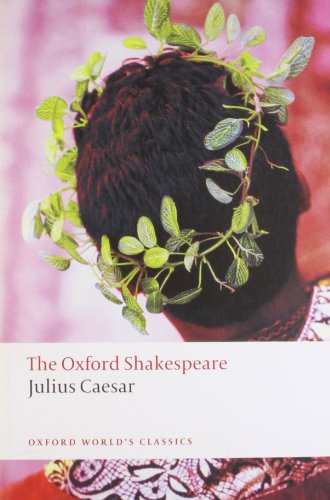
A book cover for The Oxford Shakespeare: Julius Caesar (Oxford World's Classics); William Shakespeare; Literature & Fiction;